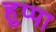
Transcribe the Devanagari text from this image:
हुप्पा